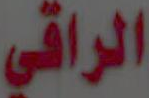
الراقي